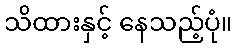
သိထားနှင့် နေသည့်ပုံ။